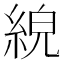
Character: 𦀸